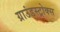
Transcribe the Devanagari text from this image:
ग्राउंडस्ट्रोक्स